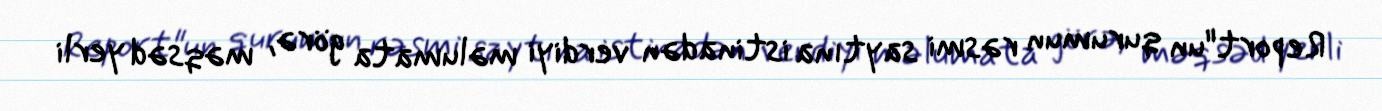
Report"un qurumun rəsmi saytına istinadən verdiyi məlumata görə, məqsəd yerli